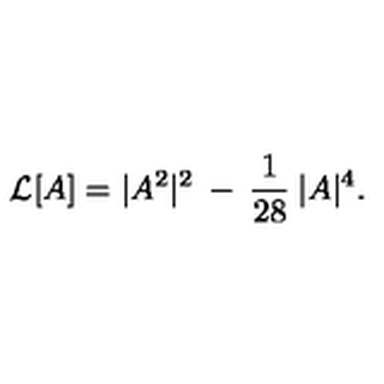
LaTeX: { \cal { L } } [ A ] = | A ^ { 2 } | ^ { 2 } \: - \: \frac { 1 } { 2 8 } \: | A | ^ { 4 } .